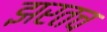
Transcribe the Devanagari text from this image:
झरतच